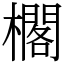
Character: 櫊